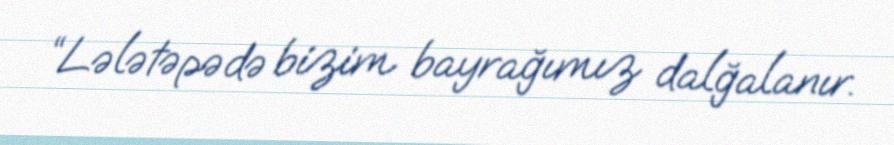
“Lələtəpədə bizim bayrağımız dalğalanır.